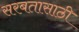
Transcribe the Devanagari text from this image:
सरबतासाठी